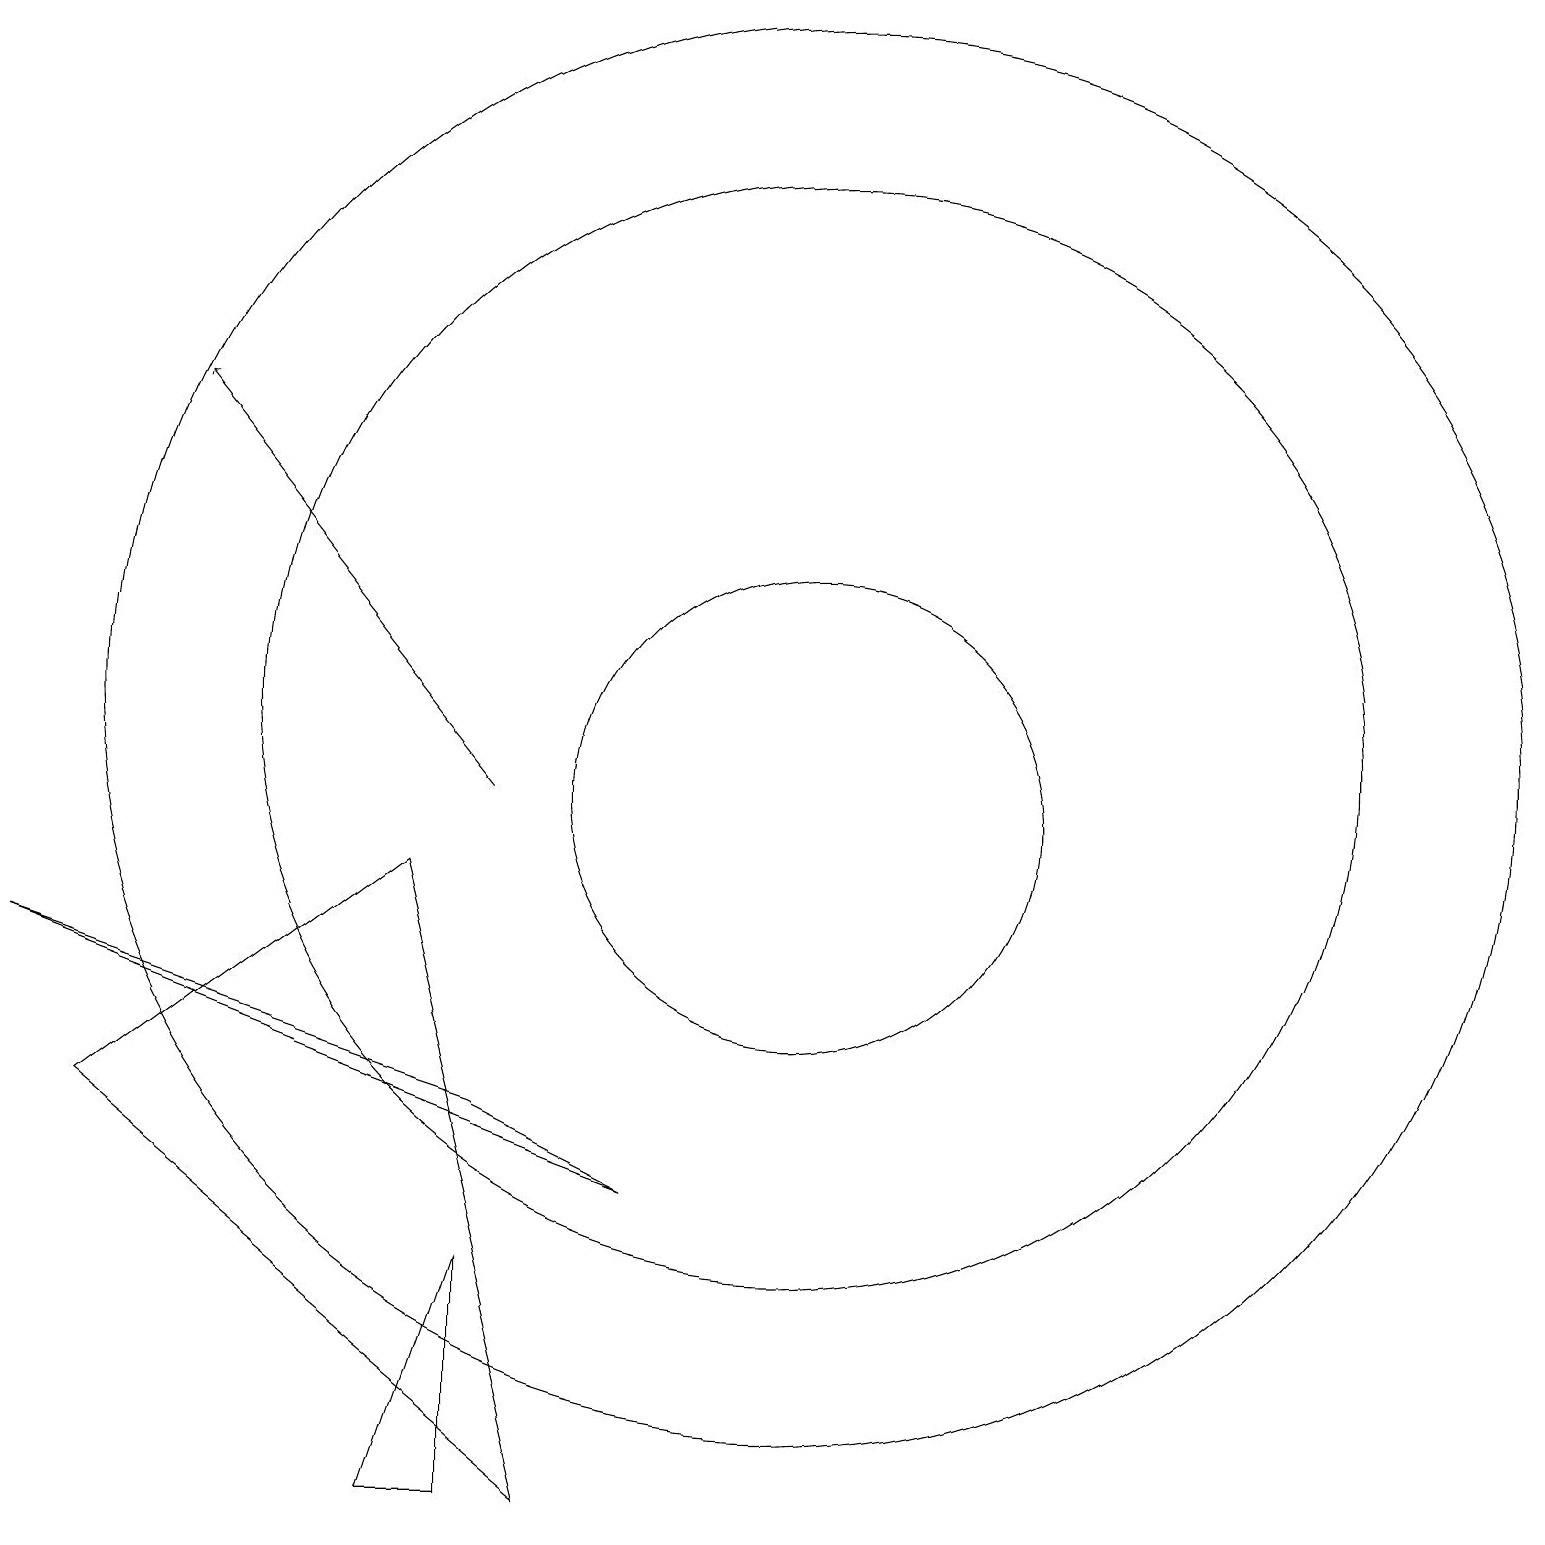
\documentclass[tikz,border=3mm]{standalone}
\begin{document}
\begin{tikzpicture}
\draw (7,6) -- (1,8) -- (9,5) -- cycle;
\draw[->] (7,10) -- (3,15);
\draw (6,9) -- (2,6) -- (8,1) -- cycle;
\draw (11,10) circle (3);
\draw (11,11) circle (7);
\draw (6,1) -- (7,1) -- (7,4) -- cycle;
\draw (11,11) circle (9);
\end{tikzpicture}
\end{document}